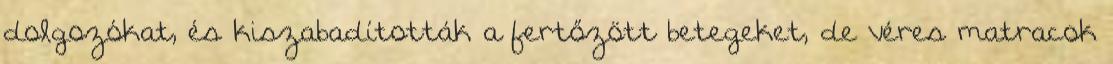
dolgozókat, és kiszabadították a fertőzött betegeket, de véres matracok